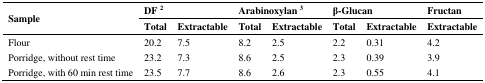
<table><thead><tr><td rowspan="3"><b>Sample</b></td><td colspan="2"><b>DF<sup>2</sup></b></td><td colspan="2"><b>Arabinoxylan<sup>3</sup></b></td><td colspan="2"><b>β-Glucan</b></td><td><b>Fructan</b></td></tr><tr><td><b>Total</b></td><td><b>Extractable</b></td><td><b>Total</b></td><td><b>Extractable</b></td><td><b>Total</b></td><td><b>Extractable</b></td><td><b>Extractable</b></td></tr></thead><tbody><tr><td>Flour</td><td>20.2</td><td>7.5</td><td>8.2</td><td>2.5</td><td>2.2</td><td>0.31</td><td>4.2</td></tr><tr><td>Porridge, without rest time</td><td>23.2</td><td>7.3</td><td>8.6</td><td>2.5</td><td>2.3</td><td>0.39</td><td>3.9</td></tr><tr><td>Porridge, with 60 min rest time</td><td>23.5</td><td>7.7</td><td>8.6</td><td>2.6</td><td>2.3</td><td>0.55</td><td>4.1</td></tr></tbody></table>